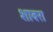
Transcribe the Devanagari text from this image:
शाबरा